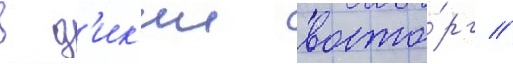
в д'ик'ии восто́рг //